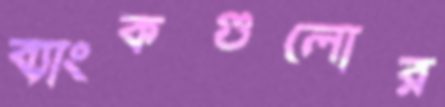
ব্যাংকগুলোর